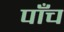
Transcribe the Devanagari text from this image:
पाँँच